Scottish Leaving Certificate Examination, 1954
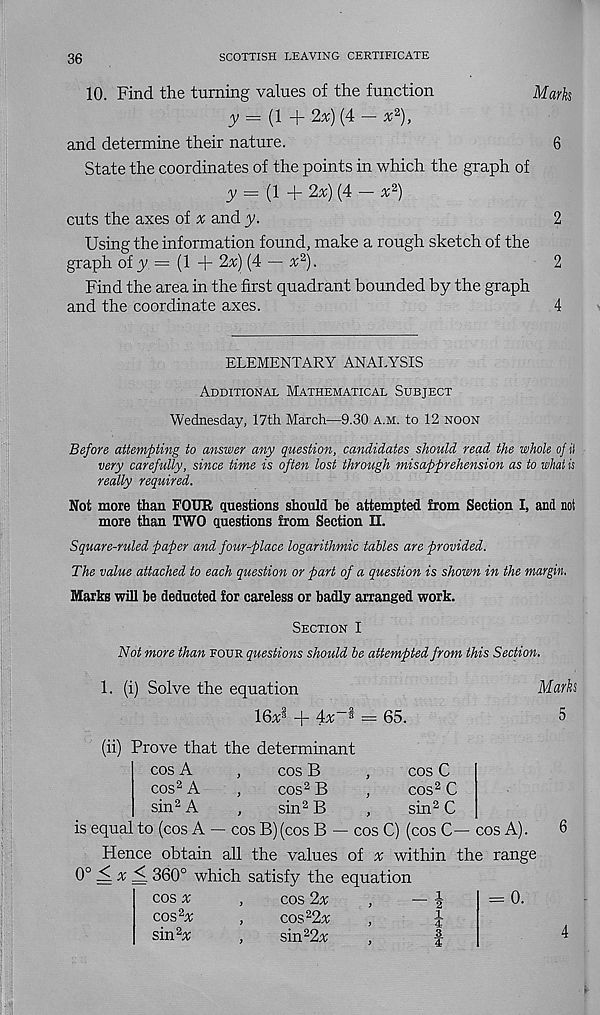
36
SCOTTISH LEAVING CERTIFICATE
10. Find the turning values of the function
Marks
y = (l+2x)(4-x*),
and determine their nature.
6
State the coordinates of the points in which the graph of
3/ = (1 + 2x) (4 — x 2 )
cuts the axes of ^ and y.
2
Using the information found, make a rough sketch of the
graph of 3/ = (1 + 2x) (4 — x 2 ).
2
Find the area in the first quadrant bounded by the graph
and the coordinate axes.
4
ELEMENTARY ANALYSIS
Additional Mathematical Subject
Wednesday, 17th March—9.30 a.m. to 12 noon
Before attempting to answer any question, candidates should read the whole of it
very carefully, since time is often lost through misapprehension as to what is
really required.
Not more than FOUR questions should be attempted from Section I, and not
more than TWO questions from Section II.
Square-ruled paper and four-place logarithmic tables are provided.
The value attached to each question or part of a question is shown in the margin.
Marks will be deducted for careless or badly arranged work.
Section I
Not more than four questions should be attempted from this Section.
1. (i) Solve the equation
ISnd + 4*-^ — 65.
(ii) Prove that the determinant
Marks
5
cos A
,
cos B
,
cos C
cos 2 A
,
cos 2 B
,
cos 2 C
sin 2 A
,
sin 2 B
,
sin 2 C
is equal to (cos A — cos B) (cos B — cos C) (cos C— cos A).
Hence obtain all the values of v within the range
0°^* < 360° which satisfy the equation
cos %
,
cos 2x
cos 2 x
,
cos 2 2%
sin 2 *
,
sin 2 2v
1
2
1
4
3
4
= 0.
6
4